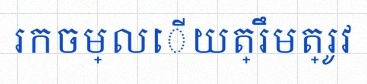
រកចម្លើយត្រឹមត្រូវ